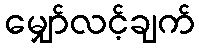
မျှော်လင့်ချက်